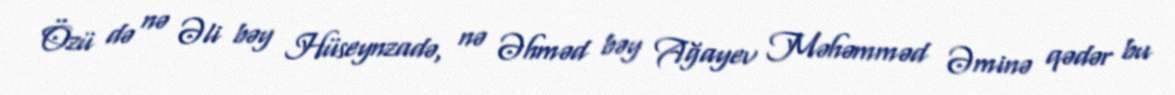
Özü də nə Əli bəy Hüseynzadə, nə Əhməd bəy Ağayev Məhəmməd Əminə qədər bu